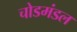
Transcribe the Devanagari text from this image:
चोडमंडल